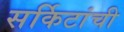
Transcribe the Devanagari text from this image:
सर्किटांची